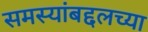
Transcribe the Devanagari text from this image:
समस्यांबद्दलच्या